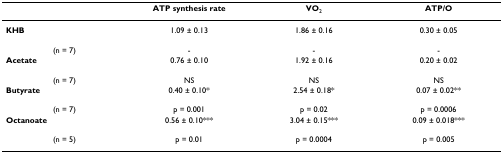
<table><thead><tr><td></td><td><b>ATP synthesis rate</b></td><td><b>VO<sub>2</sub></b></td><td><b>ATP/O</b></td></tr></thead><tbody><tr><td><b>KHB</b></td><td>1.09 ± 0.13</td><td>1.86 ± 0.16</td><td>0.30 ± 0.05</td></tr><tr><td>(n = 7)</td><td>-</td><td>-</td><td>-</td></tr><tr><td><b>Acetate</b></td><td>0.76 ± 0.10</td><td>1.92 ± 0.16</td><td>0.20 ± 0.02</td></tr><tr><td>(n = 7)</td><td>NS</td><td>NS</td><td>NS</td></tr><tr><td><b>Butyrate</b></td><td>0.40 ± 0.10*</td><td>2.54 ± 0.18*</td><td>0.07 ± 0.02**</td></tr><tr><td>(n = 7)</td><td>p = 0.001</td><td>p = 0.02</td><td>p = 0.0006</td></tr><tr><td><b>Octanoate</b></td><td>0.56 ± 0.10***</td><td>3.04 ± 0.15***</td><td>0.09 ± 0.018***</td></tr><tr><td>(n = 5)</td><td>p = 0.01</td><td>p = 0.0004</td><td>p = 0.005</td></tr></tbody></table>